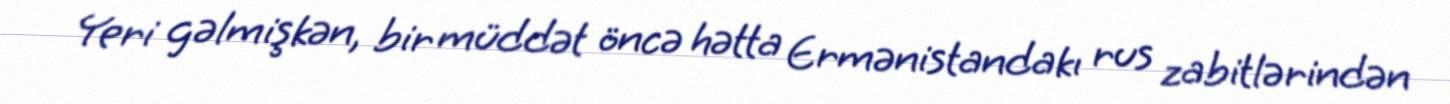
Yeri gəlmişkən, bir müddət öncə hətta Ermənistandakı rus zabitlərindən